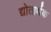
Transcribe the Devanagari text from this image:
द्योतार्थक